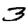
Digit: 3